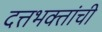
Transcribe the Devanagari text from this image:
दत्तभक्तांची